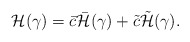
\begin{align*}{\cal H}(\gamma) = \bar{c} \bar{\cal H}(\gamma) + \tilde{c} \tilde{\cal H}(\gamma).\end{align*}